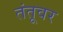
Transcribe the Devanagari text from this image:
तंतूवर